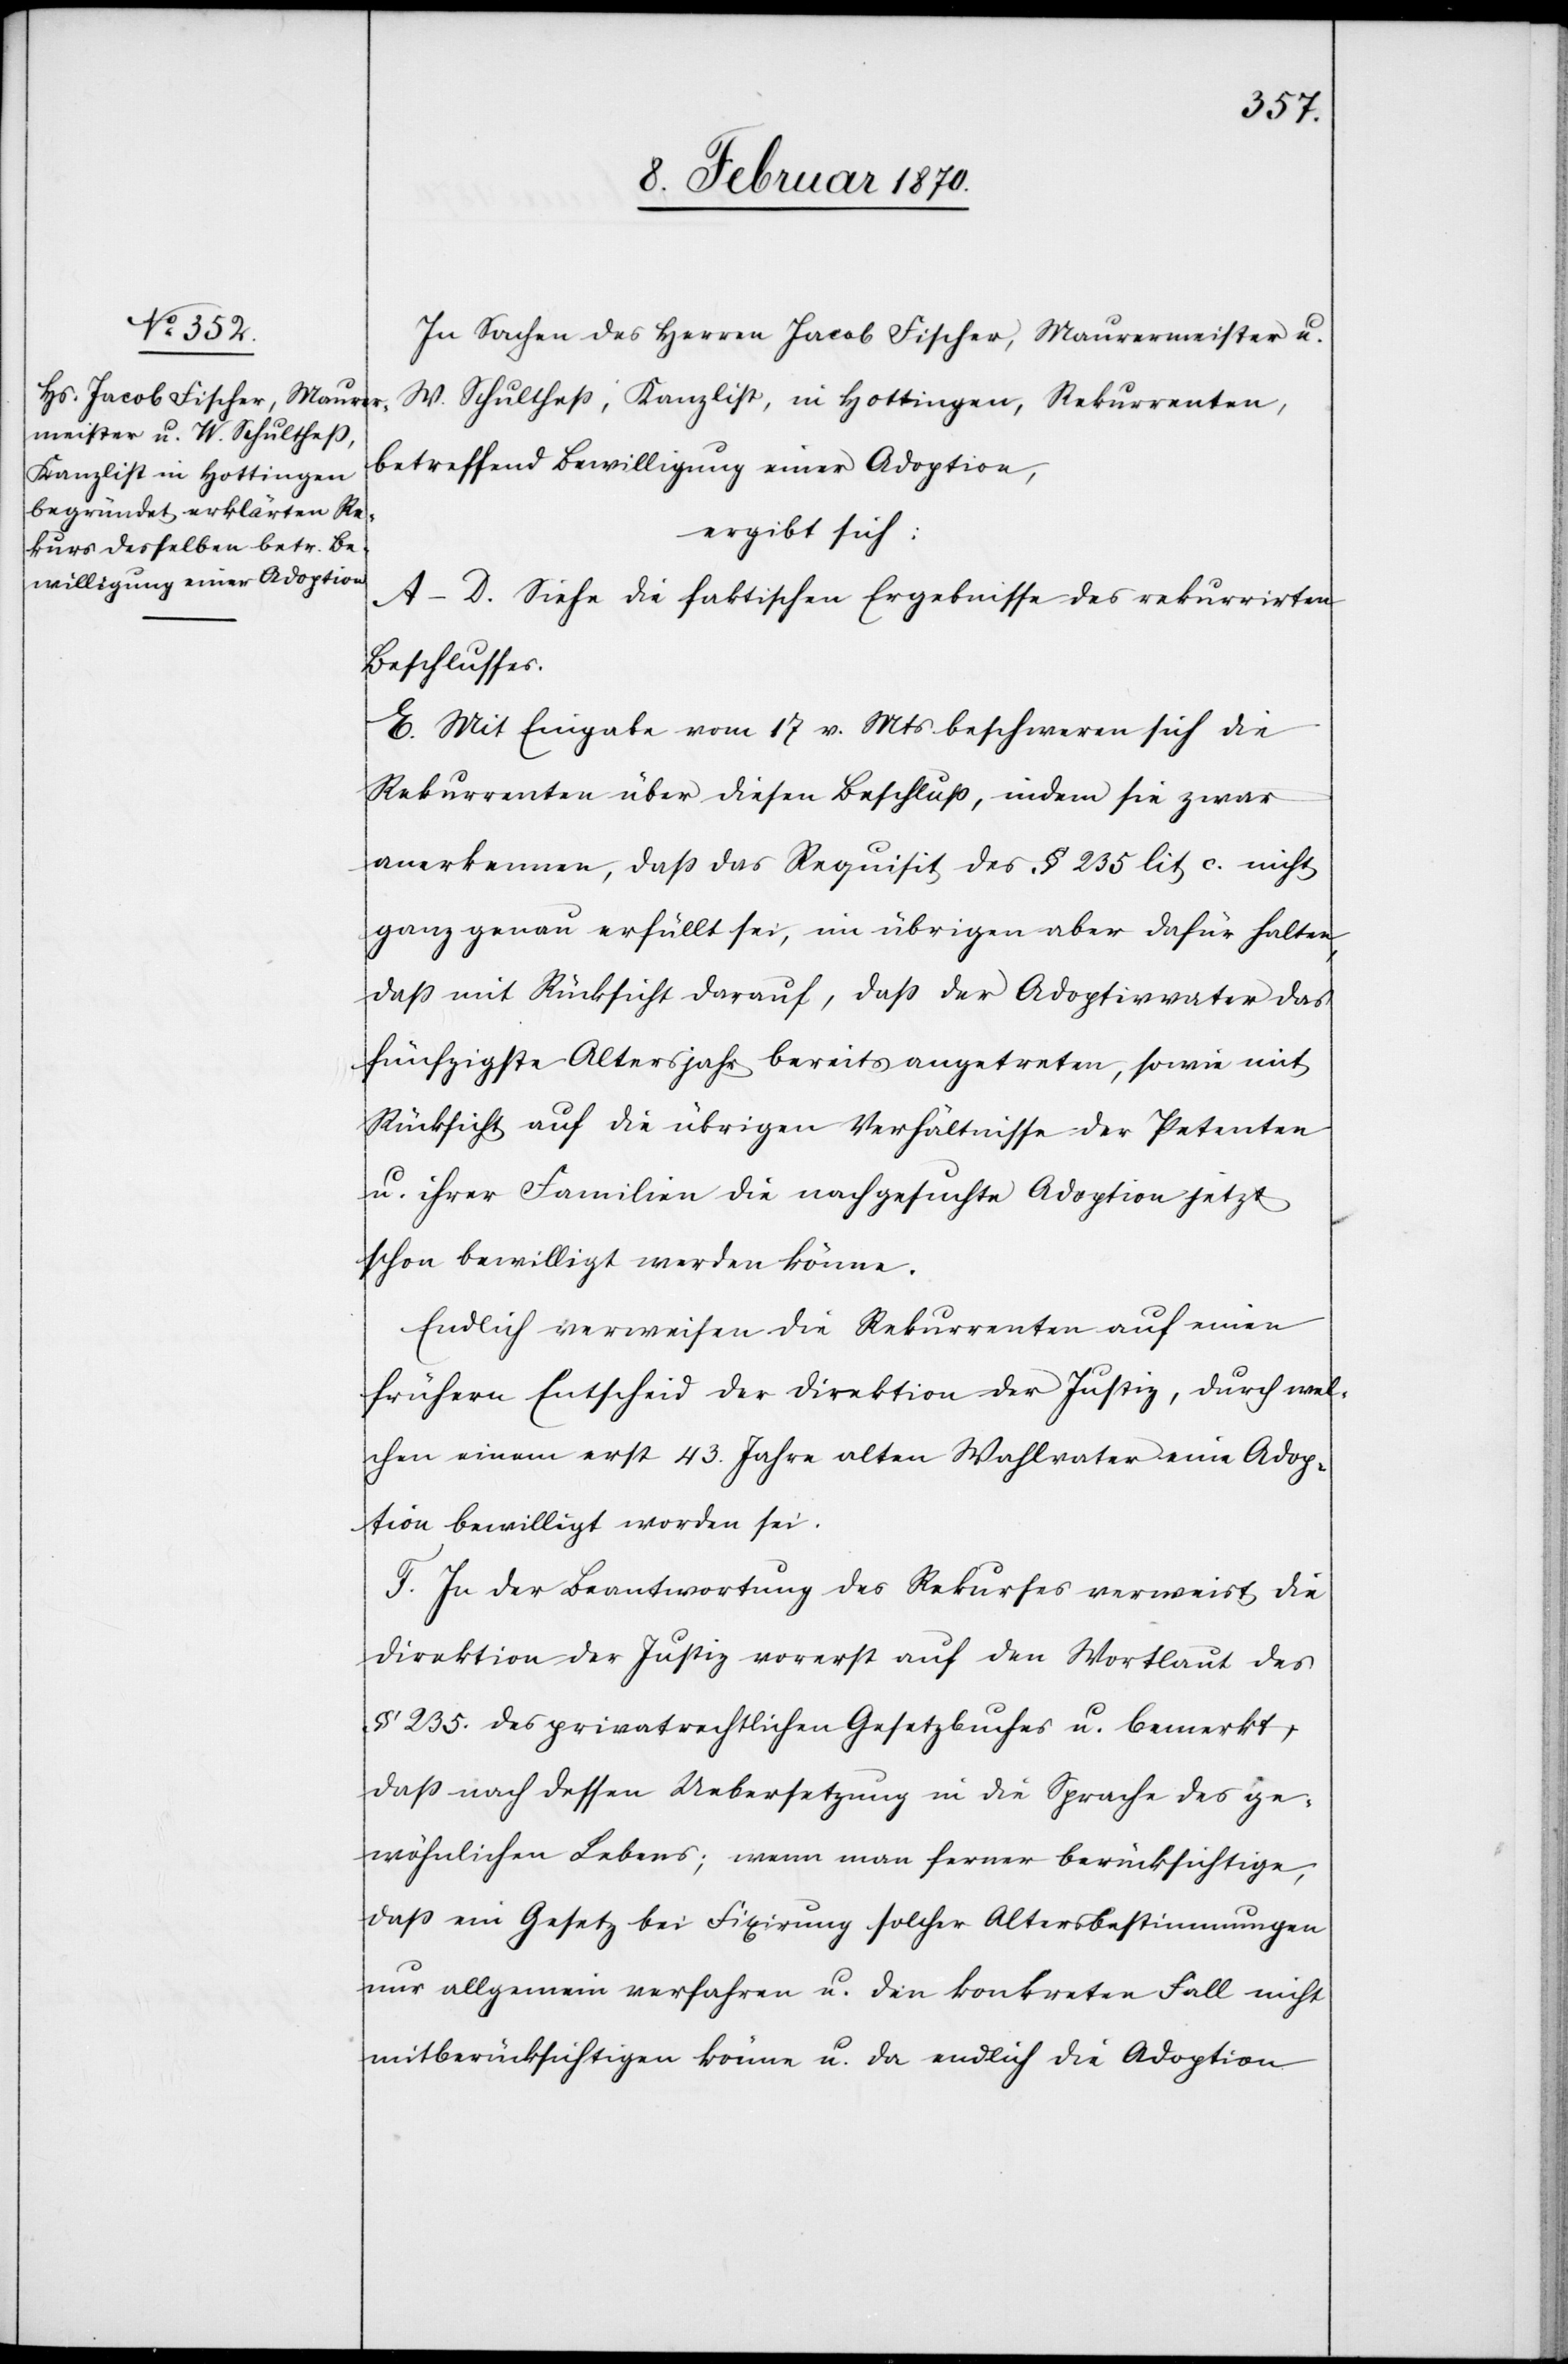
In Sachen des Herren Jacob Fischer, Maurermeister u.
W. Schultheß, Kanzlist, in Hottingen, Rekurrenten,
betreffend Bewilligung einer Adoption,
ergibt sich:
A–D. Siehe die faktischen Ergebnisse des rekurrirten
Beschlusses.
E. Mit Eingabe vom 17 v. Mts beschweren sich die
Rekurrenten über diesen Beschluß, indem sie zwar
anerkennen, daß das Requisit des § 235 lit c. nicht
ganz genau erfüllt sei, im übrigen aber dafür halten,
daß mit Rücksicht darauf, daß der Adoptivvater das
fünfzigste Altersjahr bereits angetreten, sowie mit
Rücksicht auf die übrigen Verhältnisse der Petenten
u. ihrer Familien die nachgesuchte Adoption jetzt
schon bewilligt werden könne.
Endlich verweisen die Rekurrenten auf einen
frühern Entscheid der Direktion der Justiz, durch wel¬
chen einem erst 43. Jahre alten Wahlvater eine Adop¬
tion bewilligt worden sei.
F. In der Beantwortung des Rekurses verweist die
Direktion der Justiz vorerst auf den Wortlaut des
§ 235. des privatrechtlichen Gesetzbuches u. bemerkt,
daß auch dessen Uebersetzung in die Sprache des ge¬
wöhnlichen Lebens; wenn man ferner berücksichtige,
daß ein Gesetz bei Fixirung solcher Altersbestimmungen
nur allgemein verfahren u. den konkreten Fall nicht
mitberücksichtigen könne u. da endlich die Adoption